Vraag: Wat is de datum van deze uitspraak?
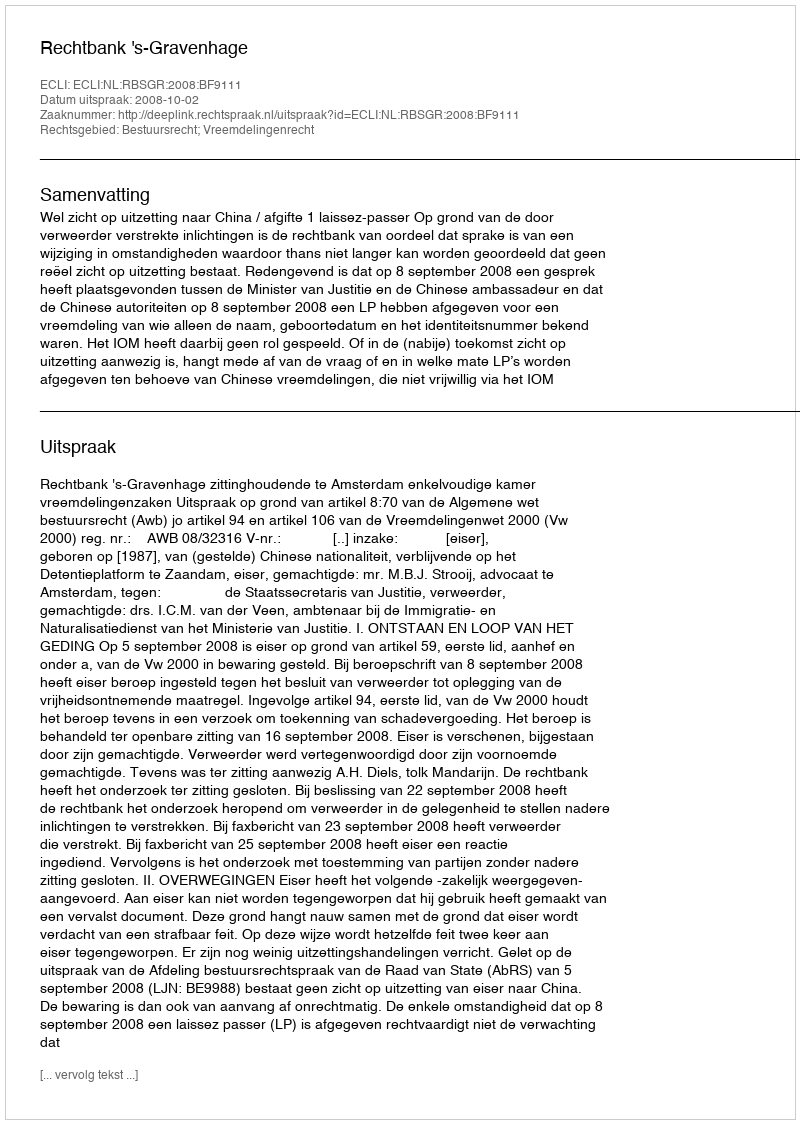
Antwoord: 2008-10-02